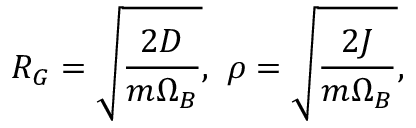
R _ { G } = \sqrt { \frac { 2 D } { m \Omega _ { B } } } , \ \rho = \sqrt { \frac { 2 J } { m \Omega _ { B } } } ,